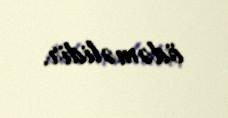
ödəməlidir.